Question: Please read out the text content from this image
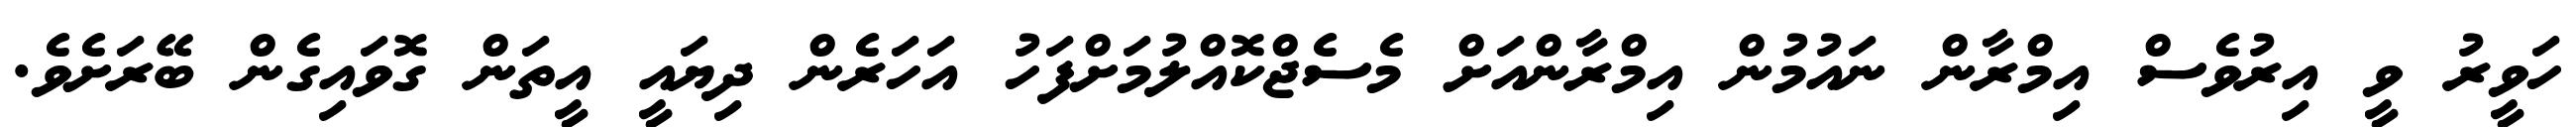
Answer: ހަވީރު ވީ އިރުވެސް އިމްރާން ނައުމުން އިމްރާންއަށް މެސެޖްކޮއްލުމަށްފަހު އަހަރެން ދިޔައީ އީތަން ގޮވައިގެން ބޭރަށެވެ.